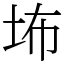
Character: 㘵